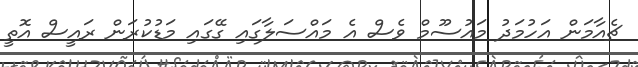
ޗެއާމަން އަހުމަދު މައުސޫމް ވެސް އެ މައްސަލާގައި ގޭގައި މަޑުކުރަން ރައީސް އޮތީ